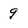
Character: 9